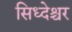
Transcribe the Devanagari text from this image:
सिध्देश्चर